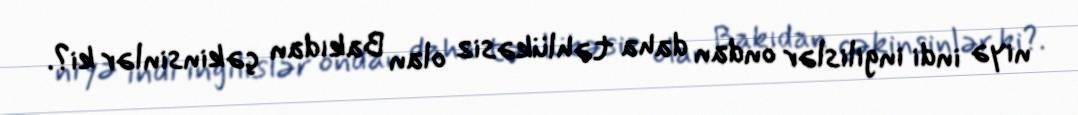
niyə indi ingilislər ondan daha təhlükəsiz olan Bakıdan çəkinsinlər ki?.